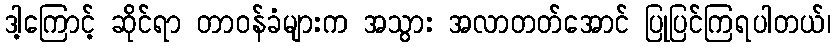
ဒါ့ကြောင့် ဆိုင်ရာ တာဝန်ခံများက အသွား အလာတတ်အောင် ပြုပြင်ကြရပါတယ်၊